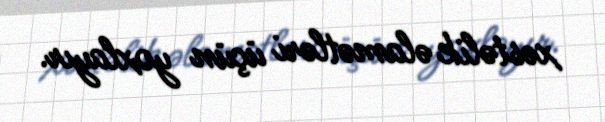
xəstəlik əlamətləri üçün yoxlayır.